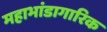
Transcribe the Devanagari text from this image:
महाभांडागारिक